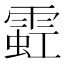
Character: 𫕩